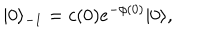
| 0 \rangle _ { - 1 } = c ( 0 ) e ^ { - \phi ( 0 ) } | 0 \rangle ,